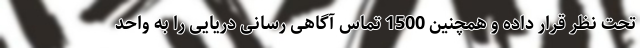
تحت نظر قرار داده و همچنین 1500 تماس آگاهی رسانی دریایی را به واحد